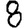
Digit: 8